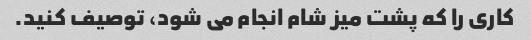
کاری را که پشت میز شام انجام می شود، توصیف کنید.